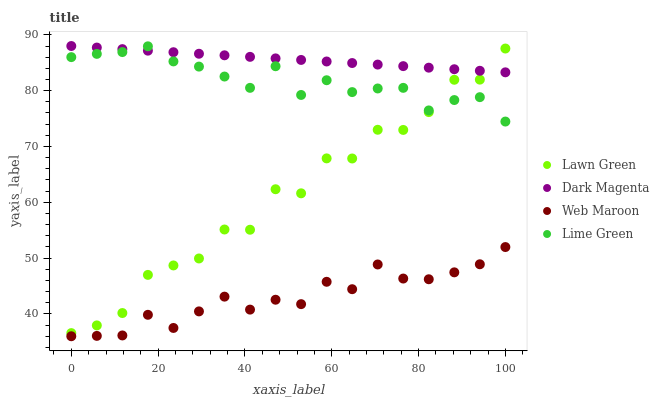
| xaxis_label | Lawn Green | Dark Magenta | Web Maroon | Lime Green |
 | --- | --- | --- | --- | --- |
 | 0 | 36.6 | 88 | 36 | 86 |
 | 5.88 | 37.9 | 87.7 | 36.1 | 86.6 |
 | 11.8 | 40.2 | 87.4 | 36.1 | 86.9 |
 | 17.6 | 47 | 87.2 | 39.8 | 87.9 |
 | 23.5 | 48.7 | 86.9 | 37.5 | 85.2 |
 | 29.4 | 49.9 | 86.6 | 40.5 | 84.3 |
 | 35.3 | 55.1 | 86.3 | 43.1 | 82.5 |
 | 41.2 | 55.1 | 86.1 | 40.8 | 80.5 |
 | 47.1 | 62.3 | 85.8 | 42.5 | 84.4 |
 | 52.9 | 61.6 | 85.5 | 41.8 | 79.2 |
 | 58.8 | 67.9 | 85.2 | 45.8 | 81.9 |
 | 64.7 | 67.8 | 85 | 44.4 | 79.7 |
 | 70.6 | 73 | 84.7 | 48.9 | 80.4 |
 | 76.5 | 73 | 84.4 | 46.3 | 80.5 |
 | 82.4 | 76.2 | 84.1 | 46.2 | 76.5 |
 | 88.2 | 82 | 83.8 | 47.4 | 78.3 |
 | 94.1 | 82 | 83.6 | 48.9 | 78.8 |
 | 100 | 87.5 | 83.3 | 52 | 74.5 |